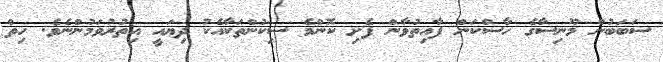
ސަބަބުން މޫނިސާގެ ހާސްކަން ފާއިތުވާން ފެށި ކޮންމެ ސިކުންތަކާއެކު ދިޔައީ އިތުރުވަމުންނެވެ. ހިތް